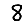
Digit: 8